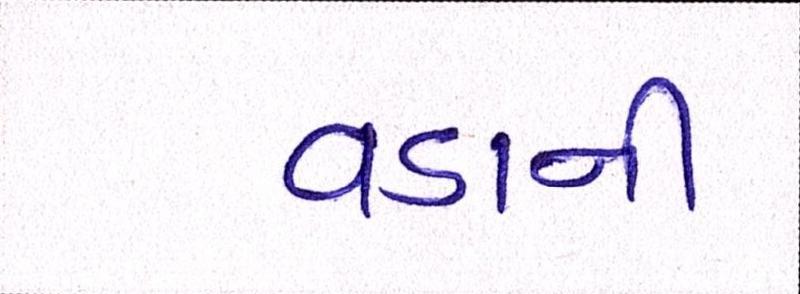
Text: વડાની